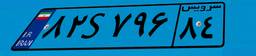
۸۲S۷۹۶۸۴